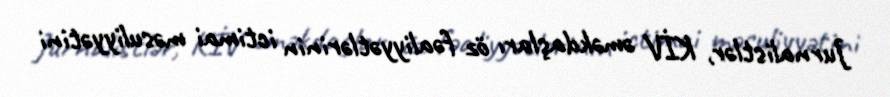
Jurnalistlər, KİV əməkdaşları öz fəaliyyətlərinin ictimai məsuliyyətini